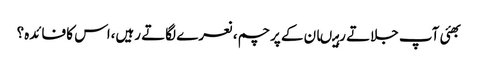
بھئی آپ جلاتے رہیںان کے پرچم،نعرے لگاتے رہیں،اس کا فائدہ؟